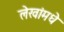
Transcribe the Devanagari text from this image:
लेखांमधे